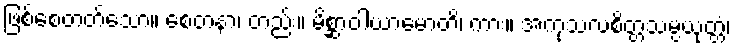
ဖြစ်စေတတ်သော။ စေတနာ၊ တည်း။ မိစ္ဆာဝါယာမောတိ၊ ကား။ အကုသလစိတ္တသမ္ပယုတ္တံ၊